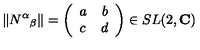
\Vert N ^ { \alpha } { } _ { \beta } \Vert = \left( \begin{array} { l r } { a } & { b } \\ { c } & { d } \\ \end{array} \right) \in S L ( 2 , { \bf C } )